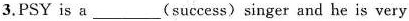
3. PSY is a___(success) singer and he is very